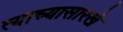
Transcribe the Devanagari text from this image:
त्याच्यासारखे